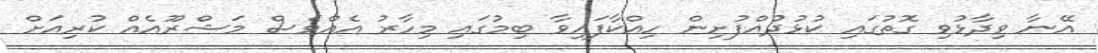
އޭނާ ވިދާޅުވި ގޮތުގައި ކުޅުދުއްފުށިން ހިއްކާފައިވާ ބިމުގައި މިހާރު އެއްވެސް މަޝްރޫއެއް ކުރިއަށް